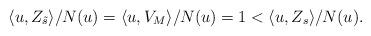
LaTeX: \begin{align*}\langle u , Z_{\tilde{s}} \rangle/N(u) = \langle u , V_M \rangle / N(u) = 1 < \langle u , Z_{s} \rangle / N(u).\end{align*}